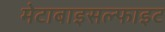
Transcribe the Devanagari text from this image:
मेटाबाइसल्फाइट